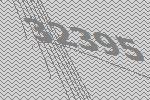
32395